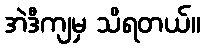
အဲဒီကျမှ သိရတယ်။